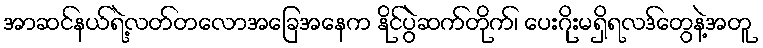
အာဆင်နယ်ရဲ့လတ်တလောအခြေအနေက နိုင်ပွဲဆက်တိုက်၊ ပေးဂိုးမရှိရလဒ်တွေနဲ့အတူ